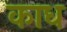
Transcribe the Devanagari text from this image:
काध